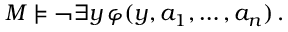
M \models \neg \exists y \, \varphi ( y , a _ { 1 } , \dots , a _ { n } ) \, .